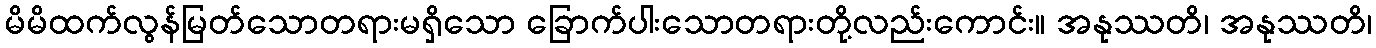
မိမိထက်လွန်မြတ်သောတရားမရှိသော ခြောက်ပါးသောတရားတို့လည်းကောင်း။ အနုဿတိ၊ အနုဿတိ၊